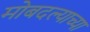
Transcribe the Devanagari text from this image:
मोबदल्याच्या